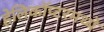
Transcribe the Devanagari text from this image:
हेलिकॉप्टरमध्ये